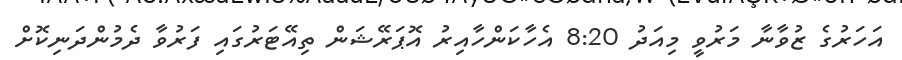
އަހަރުގެ ޒުވާނާ މަރުވީ މިއަދު 8:20 އެހާކަންހާއިރު އޮޕަރޭޝަން ތިއޭޓަރުގައި ފަރުވާ ދެމުންދަނިކޮށް